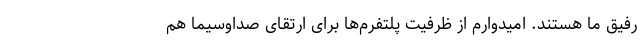
رفیق ما هستند. امیدوارم از ظرفیت پلتفرم‌ها برای ارتقای صداوسیما هم